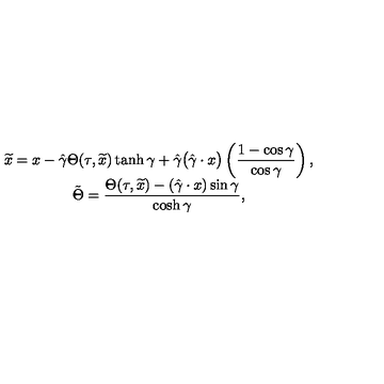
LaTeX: \begin{array} { c } { \widetilde { x } = x - \displaystyle \hat { \gamma } { \Theta } ( \tau , \widetilde { x } ) \tanh \gamma + \displaystyle \hat { \gamma } \big ( \displaystyle \hat { \gamma } \cdot x \big ) \left( \displaystyle \frac { 1 - \cos \gamma } { \cos \gamma } \right) , \hfill } \\ { \tilde { \Theta } = \displaystyle \frac { \Theta ( \tau , \widetilde { x } ) - ( \hat { \gamma } \cdot x ) \sin \gamma } { \cosh \gamma } , \hfill } \\ \end{array}